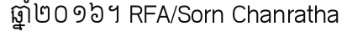
ឆ្នាំ២០១៦។ RFA/Sorn Chanratha